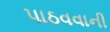
પાઠવવાની